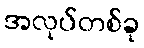
အလုပ်တစ်ခု